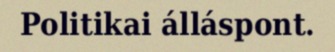
Politikai álláspont.